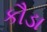
કૌડા